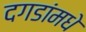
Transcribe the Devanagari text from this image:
दगडांमधे